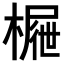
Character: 𣙝